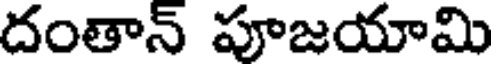
దంతాన్ పూజయామి